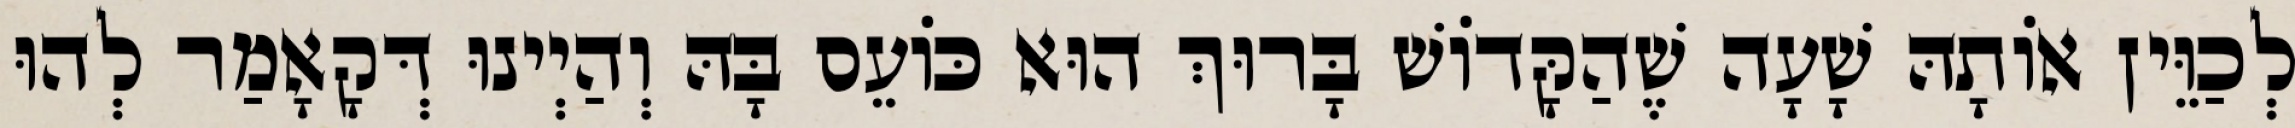
לְכַוֵּין אוֹתָהּ שָׁעָה שֶׁהַקָּדוֹשׁ בָּרוּךְ הוּא כּוֹעֵס בָּהּ וְהַיְינוּ דְּקָאָמַר לְהוּ